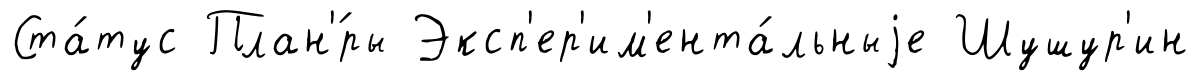
Ста́тус План'́ры Эксп'ер'им'ента́льныjе Шушур'ин